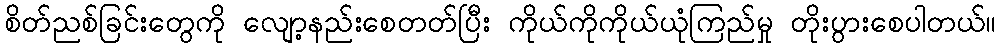
စိတ်ညစ်ခြင်းတွေကို လျော့နည်းစေတတ်ပြီး ကိုယ်ကိုကိုယ်ယုံကြည်မှု တိုးပွားစေပါတယ်။